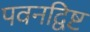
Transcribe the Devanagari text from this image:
पवनद्विष्ट